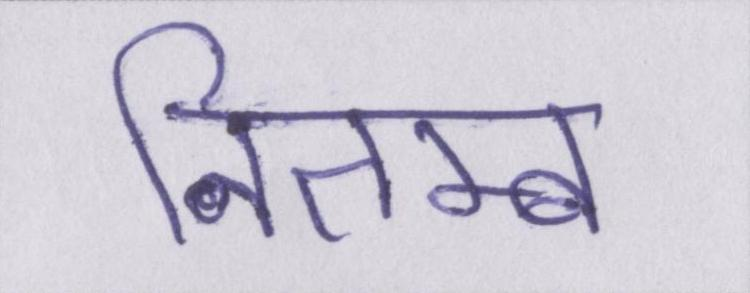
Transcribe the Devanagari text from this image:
नितम्ब